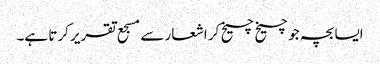
ایسا بچہ جو چیخ چیخ کر اشعار سے مسجع تقریر کرتا ہے۔